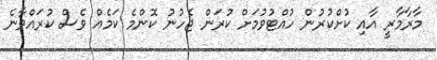
މާރާމާރީ އާއި ކުށްކުރުން ހުއްޓުވުމަށް ކުރަން ޖެހުނު ކޮންމެ ކަމެއް ވެސް ކުރައްވާނެ